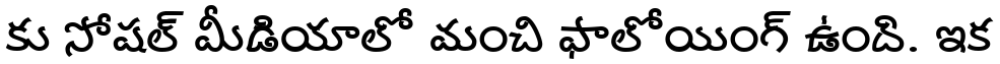
కు సోషల్ మీడియాలో మంచి ఫాలోయింగ్ ఉంది. ఇక